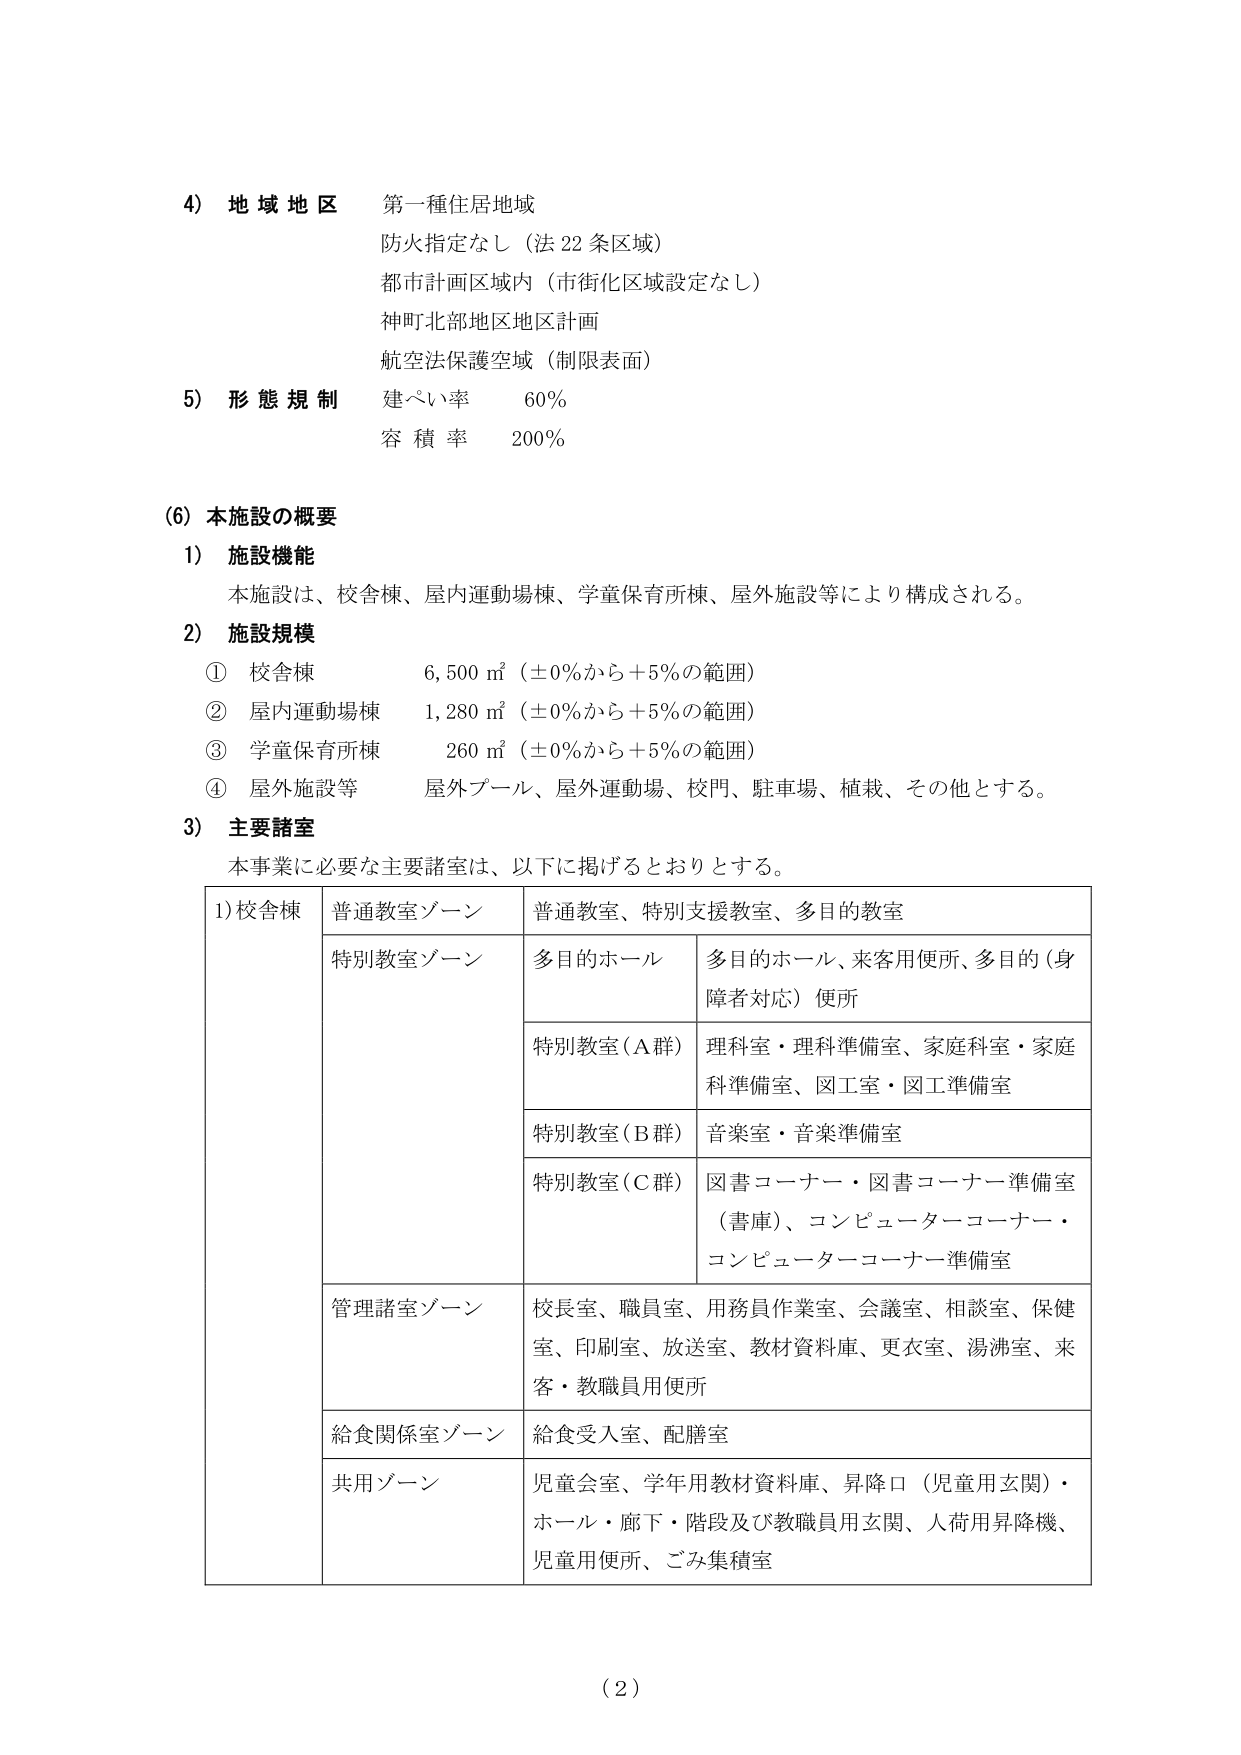
4) 地域地区 第一種住居地域
防火指定なし（法22条区域）
都市計画区域内（市街化区域設定なし）
神町北部地区地区計画
航空法保護空域（制限表面）

5) 形態規制 建ぺい率 60%
容積率 200%

(6) 本施設の概要
1) 施設機能
本施設は、校舎棟、屋内運動場棟、学童保育所棟、屋外施設等により構成される。

2) 施設規模
① 校舎棟 6,500㎡（±0%から＋5%の範囲）
② 屋内運動場棟 1,280㎡（±0%から＋5%の範囲）
③ 学童保育所棟 260㎡（±0%から＋5%の範囲）
④ 屋外施設等 屋外プール、屋外運動場、校門、駐車場、植栽、その他とする。

3) 主要諸室
本事業に必要な主要諸室は、以下に掲げるとおりとする。

| 1)校舎棟 | 普通教室ゾーン | 普通教室、特別支援教室、多目的教室 |
|----------|----------------|----------------------------------|
|          | 特別教室ゾーン | 多目的ホール | 多目的ホール、来客用便所、多目的（身障者対応）便所 |
|          |                | 特別教室（A群） | 理科室・理科準備室、家庭科室・家庭科準備室、図工室・図工準備室 |
|          |                | 特別教室（B群） | 音楽室・音楽準備室 |
|          |                | 特別教室（C群） | 図書コーナー・図書コーナー準備室（書庫）、コンピューターコーナー・コンピューターコーナー準備室 |
|          | 管理諸室ゾーン | 校長室、職員室、用務員作業室、会議室、相談室、保健室、印刷室、放送室、教材資料庫、更衣室、湯沸室、来客・教職員用便所 |
|          | 給食関係室ゾーン | 給食受入室、配膳室 |
|          | 共用ゾーン | 児童会室、学年用教材資料庫、昇降口（児童用玄関）・ホール・廊下・階段及び教職員用玄関、人荷用昇降機、児童用便所、ごみ集積室 |

(2)